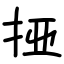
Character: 挜